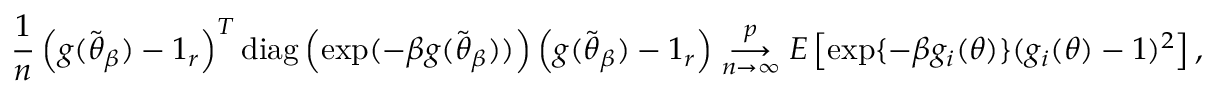
\frac { 1 } { n } \left( \boldsymbol { g } ( \widetilde { \boldsymbol { \theta } } _ { \beta } ) - \boldsymbol { 1 } _ { r } \right) ^ { T } \mathrm { d i a g } \left( \exp ( - \beta \boldsymbol { g } ( \widetilde { \boldsymbol { \theta } } _ { \beta } ) ) \right) \left( \boldsymbol { g } ( \widetilde { \boldsymbol { \theta } } _ { \beta } ) - \boldsymbol { 1 } _ { r } \right) \underset { n \rightarrow \infty } { \overset { p } { \longrightarrow } } E \left[ \exp \{ - \beta g _ { i } ( \boldsymbol { \theta } ) \} ( g _ { i } ( \boldsymbol { \theta } ) - 1 ) ^ { 2 } \right] ,